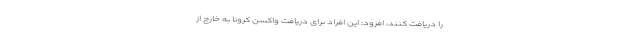
را دریافت کنند، افزود: این افراد برای دریافت واکسن کرونا به خارج از